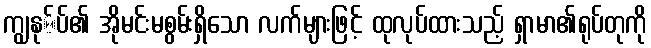
ကျွနု်ပ်၏ အိုမင်းမစွမ်းရှိသော လက်များဖြင့် ထုလုပ်ထားသည့် ရှာမာ၏ရုပ်တုကို